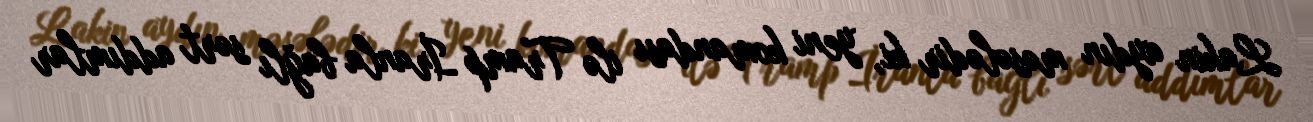
Lakin aydın məsələdir ki, yeni komandası ilə Tramp İranla bağlı sərt addımlar